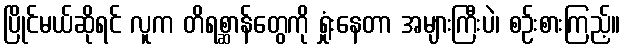
ပြိုင်မယ်ဆိုရင် လူက တိရစ္ဆာန်တွေကို ရှုံးနေတာ အများကြီးပဲ၊ စဉ်းစားကြည့်။